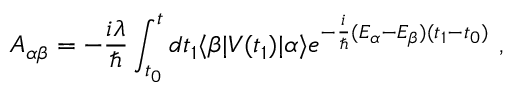
A _ { \alpha \beta } = - { \frac { i \lambda } { \hbar } } \int _ { t _ { 0 } } ^ { t } d t _ { 1 } \langle \beta | V ( t _ { 1 } ) | \alpha \rangle e ^ { - { \frac { i } { \hbar } } ( E _ { \alpha } - E _ { \beta } ) ( t _ { 1 } - t _ { 0 } ) } ~ ,